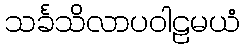
သင်္ခသိလာပဝါဠမယံ